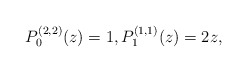
\begin{gather*} P_{0}^{(2,2) }(z) =1,P_{1}^{(1,1) }(z) =2z,\end{gather*}